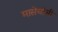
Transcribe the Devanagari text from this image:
मासेयोची